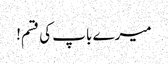
میرے باپ کی قسم!